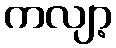
ကလျာ့